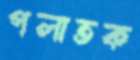
পলাতক